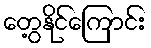
တွေ့နိုင်ကြောင်း